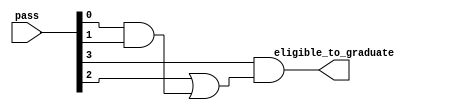
module graduate_judger(eligible_to_graduate, pass);

output eligible_to_graduate;
input [3:0] pass;

assign eligible_to_graduate = pass[3] & (pass[2] | pass[0] &
                                                   pass[1]);

endmodule